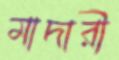
মাদারী